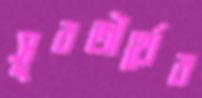
সুরতীর্থের